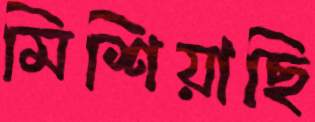
মিশিয়াছি